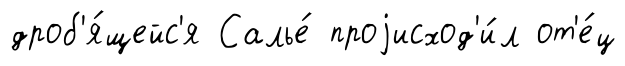
дроб'я́щейс'я Салье́ проjисход'и́л от'е́ц